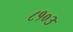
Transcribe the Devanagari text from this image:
८१०३